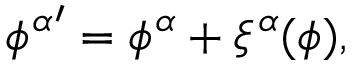
{ \phi ^ { \alpha } } ^ { \prime } = \phi ^ { \alpha } + \xi ^ { \alpha } ( \phi ) ,